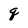
Character: q